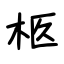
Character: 柩